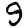
Digit: 9